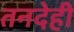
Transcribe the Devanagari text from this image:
तनदेही